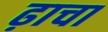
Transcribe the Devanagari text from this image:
ढ़ाचा